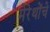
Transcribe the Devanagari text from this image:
मेरेथोंचे